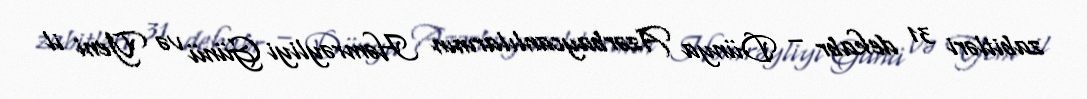
zabitləri 31 dekabr – Dünya Azərbaycanlılarının Həmrəyliyi Günü və Yeni il